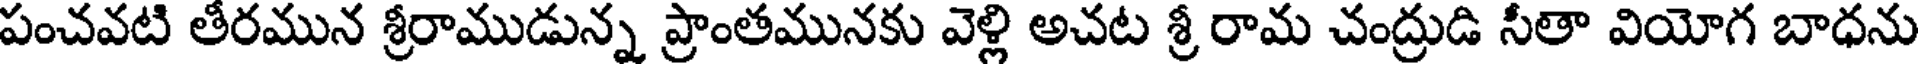
పంచవటి తీరమున శ్రీరాముడున్న ప్రాంతమునకు వెళ్లి అచట శ్రీ రామ చంద్రుడి సీతా వియోగ బాధను